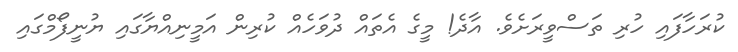
ކުރަހާފައި ހުރި ތަސްވީރަށެވެ. އާދެ! މީގެ އެތައް ދުވަހެއް ކުރިން އަމީނިއްޔާގައި ޔުނީފޯމްގައި